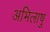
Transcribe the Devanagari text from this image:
अभिलाषु